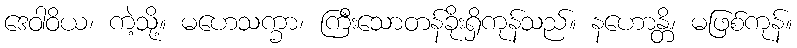
ဒေဝါဝိယ၊ ကဲ့သို့။ မဟေသက္ခာ၊ ကြီးသောတန်ခိုးရှိကုန်သည်။ နဟောန္တိ၊ မဖြစ်ကုန်။